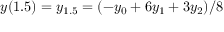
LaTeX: y ( 1 . 5 ) = y _ { 1 . 5 } = ( - y _ { 0 } + 6 y _ { 1 } + 3 y _ { 2 } ) / 8